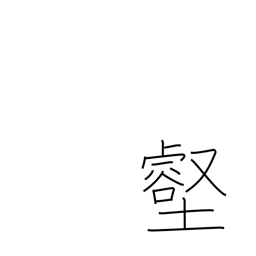
Meaning: valley